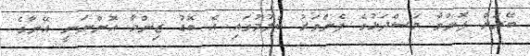
ބޭރަށް ފޮނުވާ މަސްދަޅުގެ ފެންވަރު ބެލުމުގައި އެ ބޮޑު ޒިންމާ އޮންނަނީ އޭނާގެ